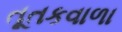
તૂતકવાળા